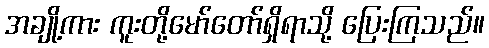
အချို့ကား ကူးတို့မော်တော်ရှိရာသို့ ပြေးကြသည်။